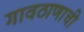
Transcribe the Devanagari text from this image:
गावठाणाची